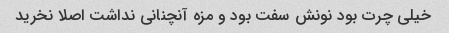
خیلی چرت بود نونش سفت بود و مزه آنچنانی نداشت اصلا نخرید